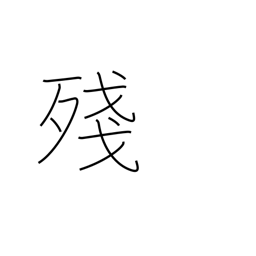
Meaning: leftover